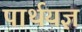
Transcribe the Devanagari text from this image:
पार्थयज्ञ